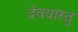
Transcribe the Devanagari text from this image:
देववास्तु